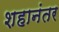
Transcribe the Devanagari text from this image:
शहानंतर